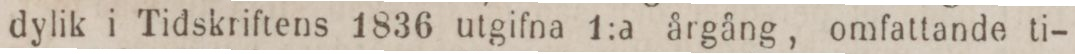
dylik i Tidskriftens 1836 utgifna 1:a årgång, omfattande ti-